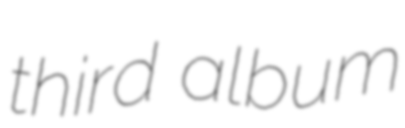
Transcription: third album